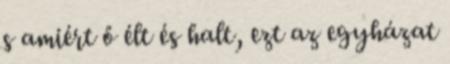
s amiért ő élt és halt, ezt az egyházat